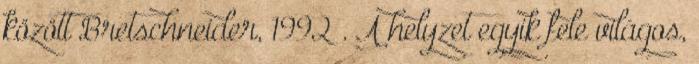
között Bretschneider, 1992 . A helyzet egyik fele világos,